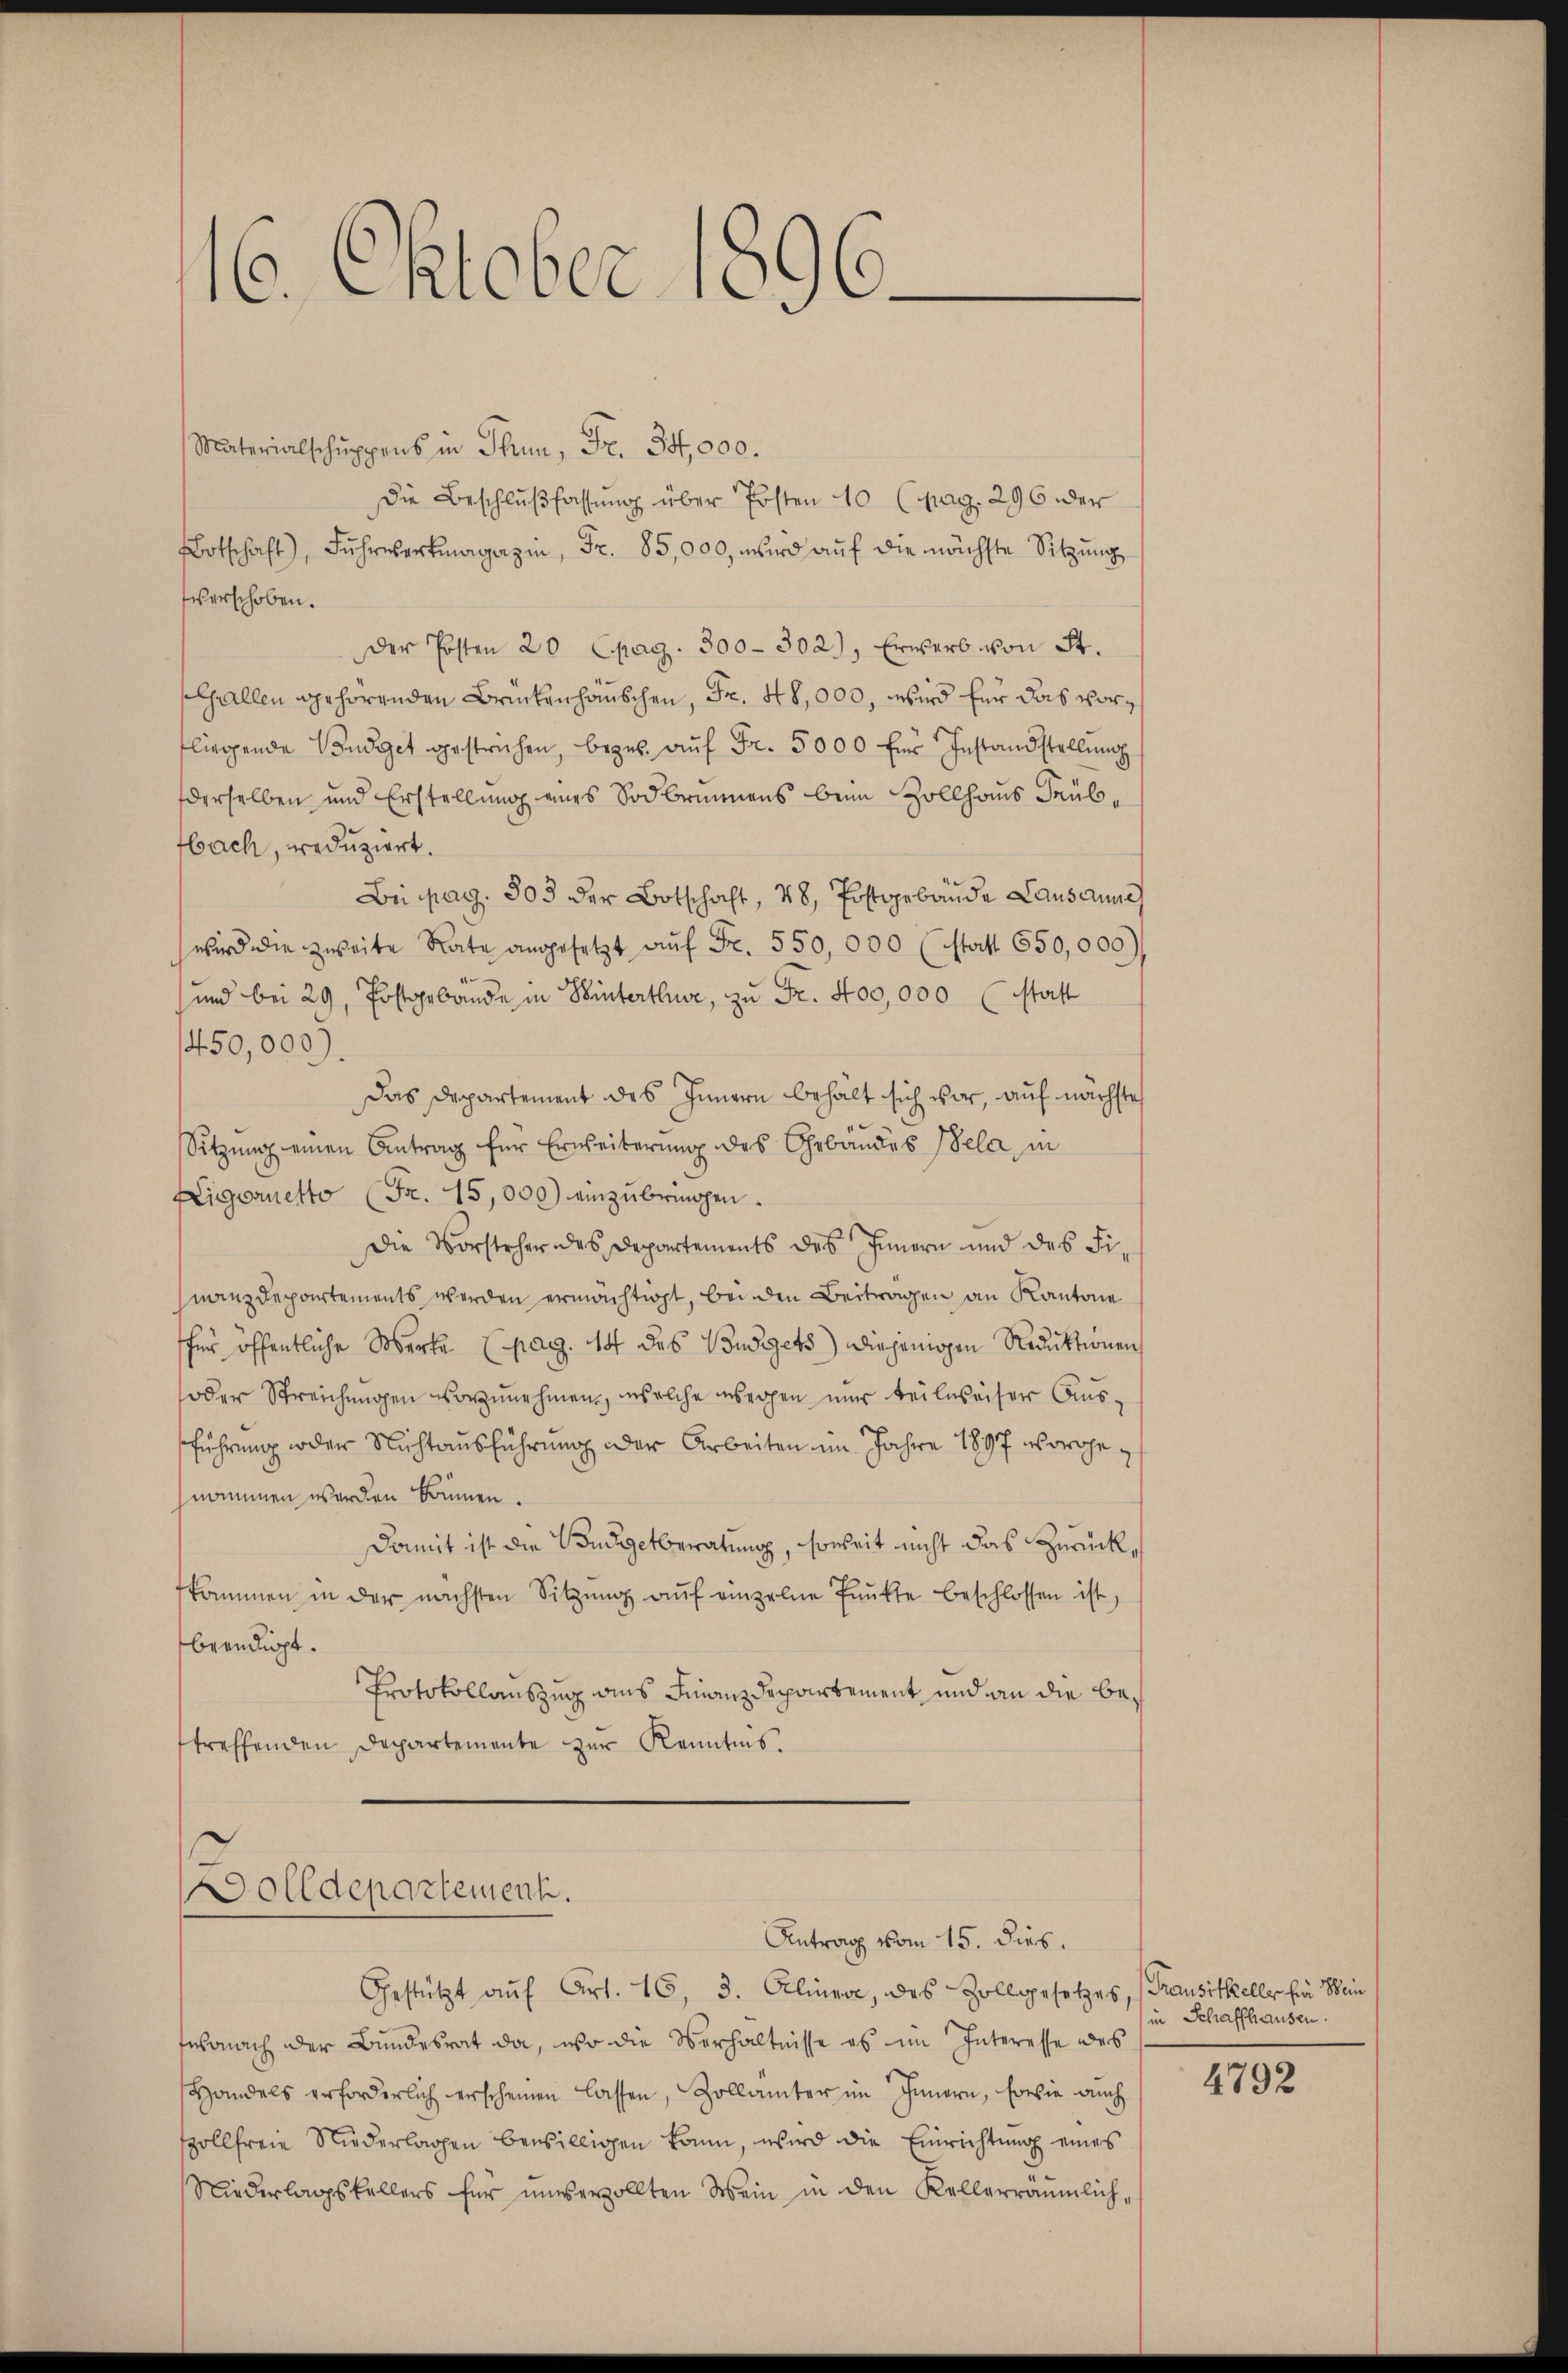
16. Oktober 1096

Materialschuppens in Thun, Fr. 34,000.
Die Beschlußfassung über Posten 10 (pag. 296 der
Botschaft), Fŭhrwerkmagazin, Fr. 85,000, wird aŭf die nächste Sitzŭng
verschoben.
Der Posten 20 (pag. 300 - 302), Erwerb von St.
Gallen gehörenden Brückenhanschen, Fr. 48,000, wird für das vorfliegende Budget gestrichen, beges. aŭf Fr. 5000 für Instandstellung
derselben und Erstellung eines Sodbrunnens beim Zollhaus Prübbach, reduziert.
Bei pag. 303 der Botschaft, 48, Postgebäude Lausanne
wird die zweite Rate angesetzt aŭf Fr. 550,000 (statt 650,000)
und bei 29, Postgebäude in Winterthur, zu Fr. 400,000 (statt
450,000).
Das Departement des Innern behält sich vor, auf nächste
Sitzung einen Antrag für Erweiterung des Gebäudes Pela, in
Eigorietto (Fr. 15,000) einzŭbringen.
Die Vorsteher des Departements des Innern und des Finanzdepartements werden ermächtigt, bei den Beitragen an Kantone
ffer öffentliche Merke (pag. 14 des Budgets) diejenigen Reduktionen
oder Streichungen vorzunehmen, welche wegen nur teilweiser Ausführung oder Nichtausführung der Arbeiten im Jahre 1897 vorgenommen werden kommen.
Damit ist die Budgetberatung, soweit nicht das Zurückfkammen in der nächsten Sitzŭng aŭf einzelne Pŭnkte beschlossen ist,
beendigt.
Protokollauszug aus Finanzdepartement und an die betreffenden Departemente zur Kenntnis.

Dolldepartement.
Antrag vom 15. dies.

Gestützt auf Art. 16, 3. Alinea, des Zollgesetzes, Trausikkeller Ein Sein
fsonach der Bundesrat da, wo die Verhältnisse es im Interesse des
Handels erforderlich erscheinen lassen, Zollämter im Innern, sowie auch
pollfreie Niederlagen bewilligen kann, wird die Einrichtung eines
Niederlagskellers für unverzollten Mein in den Kellerräumlich¬

in Schaffhausen.

4792